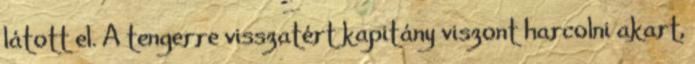
látott el. A tengerre visszatért kapitány viszont harcolni akart,